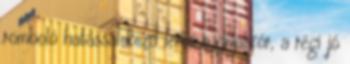
romboló hatással kezd lenni a divatkór, a régi jó